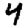
Digit: 4